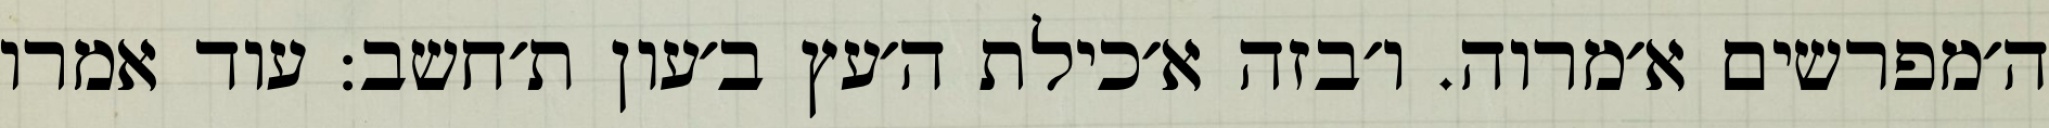
ה׳מפרשים א׳מרוה. ו׳בזה א׳כילת ה׳עץ ב׳עון ת׳חשב: עוד אמרו